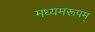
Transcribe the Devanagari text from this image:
मध्यमरूपम्